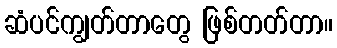
ဆံပင်ကျွတ်တာတွေ ဖြစ်တတ်တာ။